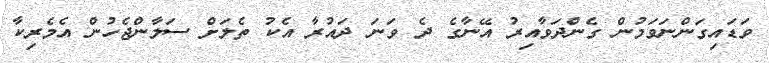
ވަޑައިގަންނަވަމުން ގެންދަވާއިރު އޭނާގެ ދެ ވަނަ ދައުރާ އެކު ތެލަށް ސަލާންޖެހުން އެމެރިކާ